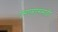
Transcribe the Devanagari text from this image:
एसएमएससाठी